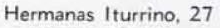
Hermanas lturrino, 27